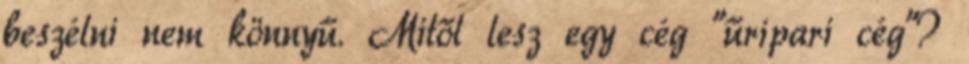
beszélni nem könnyű. Mitől lesz egy cég "űripari cég"?